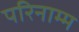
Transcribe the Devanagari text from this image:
परिनाम्म